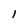
Character: l